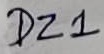
Text: DZ1